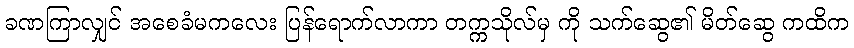
ခဏကြာလျှင် အစေခံမကလေး ပြန်ရောက်လာကာ တက္ကသိုလ်မှ ကို သက်ဆွေ၏ မိတ်ဆွေ ကထိက